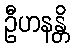
ဦဟနန္တိ